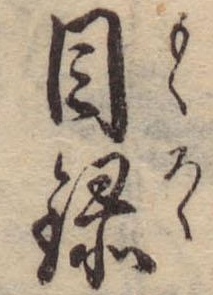
目録